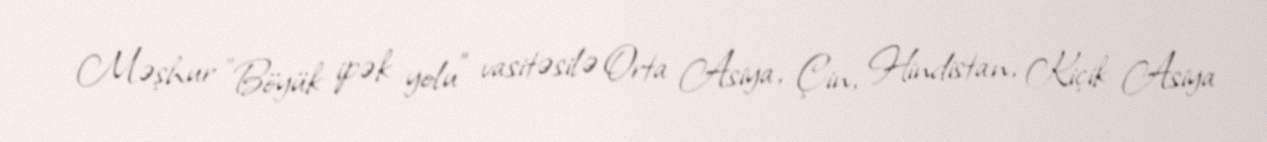
Məşhur "Böyük ipək yolu" vasitəsilə Orta Asiya, Çin, Hindistan, Kiçik Asiya